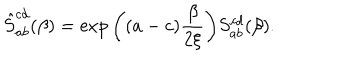
\hat { S } _ { a b } ^ { c d } ( \beta ) = \exp \bigg ( ( a - c ) { \frac { \beta } { 2 \xi } } \bigg ) S _ { a b } ^ { c d } ( \beta ) .